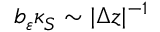
b _ { \varepsilon } \kappa _ { S } \sim \vert \Delta z \vert ^ { - 1 }